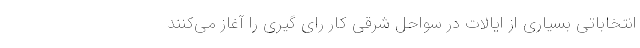
انتخاباتی بسیاری از ایالات در سواحل شرقی کار رای گیری را آغاز می‌کنند